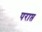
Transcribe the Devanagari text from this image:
पराप्त